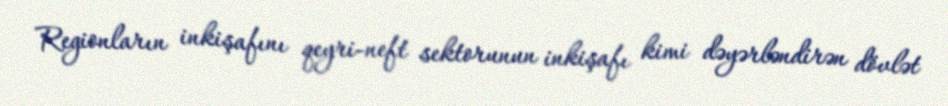
Regionların inkişafını qeyri-neft sektorunun inkişafı kimi dəyərləndirən dövlət